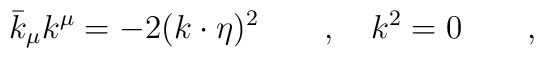
\bar{k}_\mu k^\mu = -2(k\cdot\eta)^2 \qquad , \quad k^2=0 \qquad ,